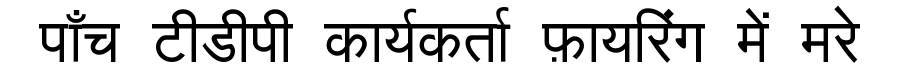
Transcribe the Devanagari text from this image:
पाँच टीडीपी कार्यकर्ता फ़ायरिंग में मरे